Annual administration report of the Civil Veterinary Department, Sind - 1944-1945
Year: 1944
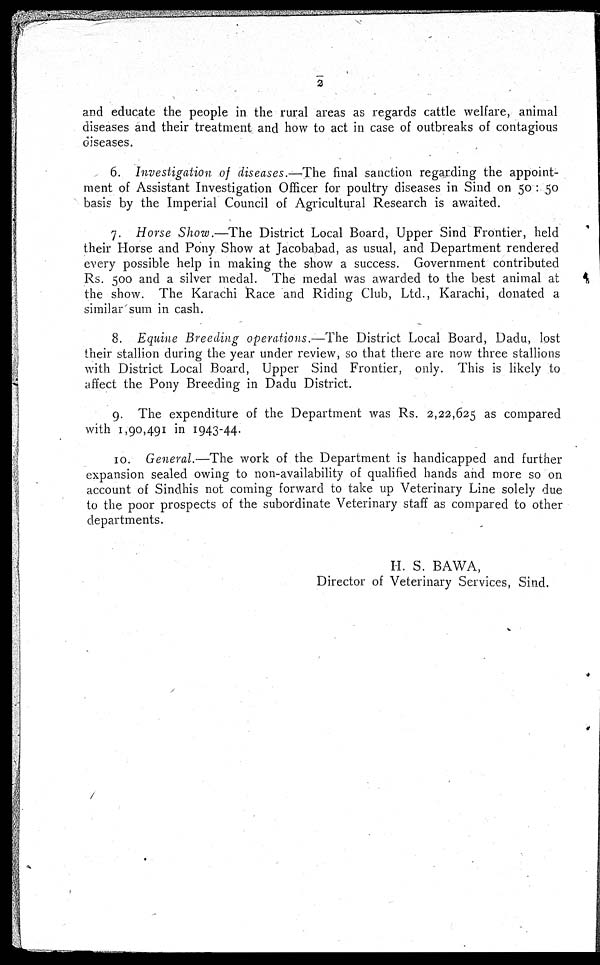
2
and educate the people in the rural areas as regards cattle welfare, animal
diseases and their treatment and how to act in case of outbreaks of contagious
diseases.
6. Investigation of diseases.—The final sanction regarding the appoint-
ment of Assistant Investigation Officer for poultry diseases in Sind on 50 : 50
basis by the Imperial Council of Agricultural Research is awaited.
7. Horse Show.—The District Local Board, Upper Sind Frontier, held
their Horse and Pony Show at Jacobabad, as usual, and Department rendered
every possible help in making the show a success. Government contributed
Rs. 500 and a silver medal. The medal was awarded to the best animal at
the show. The Karachi Race and Riding Club, Ltd., Karachi, donated a
similar sum in cash.
8. Equine Breeding operations.—The District Local Board, Dadu, lost
their stallion during the year under review, so that there are now three stallions
with District Local Board, Upper Sind Frontier, only. This is likely to
affect the Pony Breeding in Dadu District.
9. The expenditure of the Department was Rs. 2,22,625 as compared
with 1,90,491 in 1943-44.
10. General.—The work of the Department is handicapped and further
expansion sealed owing to non-availability of qualified hands and more so on
account of Sindhis not coming forward to take up Veterinary Line solely due
to the poor prospects of the subordinate Veterinary staff as compared to other
departments.
H. S. BAWA,
Director of Veterinary Services, Sind.